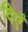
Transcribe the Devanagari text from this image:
दिएँ